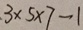
3 \times 5 \times 7 - 1